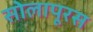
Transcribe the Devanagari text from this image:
सोलापूरस